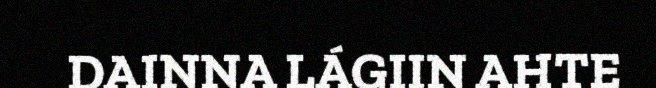
DAINNA LÁGIIN AHTE